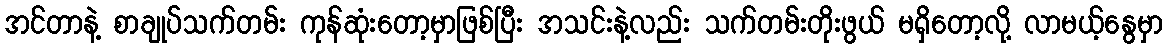
အင်တာနဲ့ စာချုပ်သက်တမ်း ကုန်ဆုံးတော့မှာဖြစ်ပြီး အသင်းနဲ့လည်း သက်တမ်းတိုးဖွယ် မရှိတော့လို့ လာမယ့်နွေမှာ